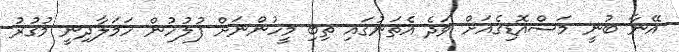
އޭނާ ބުނީ މަސްއޮޑިގެއަށް ވަދެ އެތަނުގައި ތިބި މީހުންނަށް ފުލުހުން ހަމަލާދިނީ މުގުރު